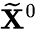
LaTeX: \mathbf{\widetilde X}^{0}